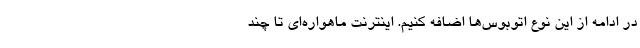
در ادامه از این نوع اتوبوس‌ها اضافه کنیم. اینترنت ماهواره‌ای تا چند